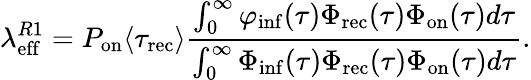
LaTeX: \lambda_{\mathrm{eff}}^{R1}=P_{\mathrm{on}}\langle\tau_{\mathrm{rec}}\rangle\frac{\int_{0}^{\infty}\varphi_{\mathrm{inf}}(\tau)\Phi_{\mathrm{rec}}(\tau)\Phi_{\mathrm{on}}(\tau)d\tau}{\int_{0}^{\infty}\Phi_{\mathrm{inf}}(\tau)\Phi_{\mathrm{rec}}(\tau)\Phi_{\mathrm{on}}(\tau)d\tau}.